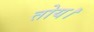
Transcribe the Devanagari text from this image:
तोय।